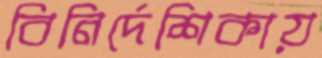
বিনির্দেশিকায়